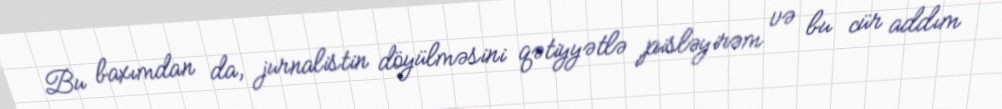
Bu baxımdan da, jurnalistin döyülməsini qətiyyətlə pisləyirəm və bu cür addım